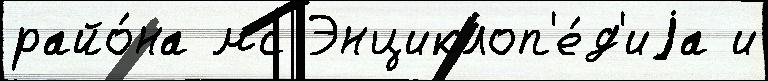
райо́на мс Энциклоп'е́д'иjа и